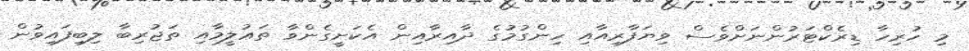
މި ހުރިހާ ޑިރެކްޓަރުުންނަށްވެސް ވިޔަފާރިއާއި ހިންގުމުގެ ދާއިރާއިން އެކަށީގެންވާ ތަޢުލީމާއި ތަޖުރިބާ ލިބިފައިވުން